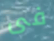
فى